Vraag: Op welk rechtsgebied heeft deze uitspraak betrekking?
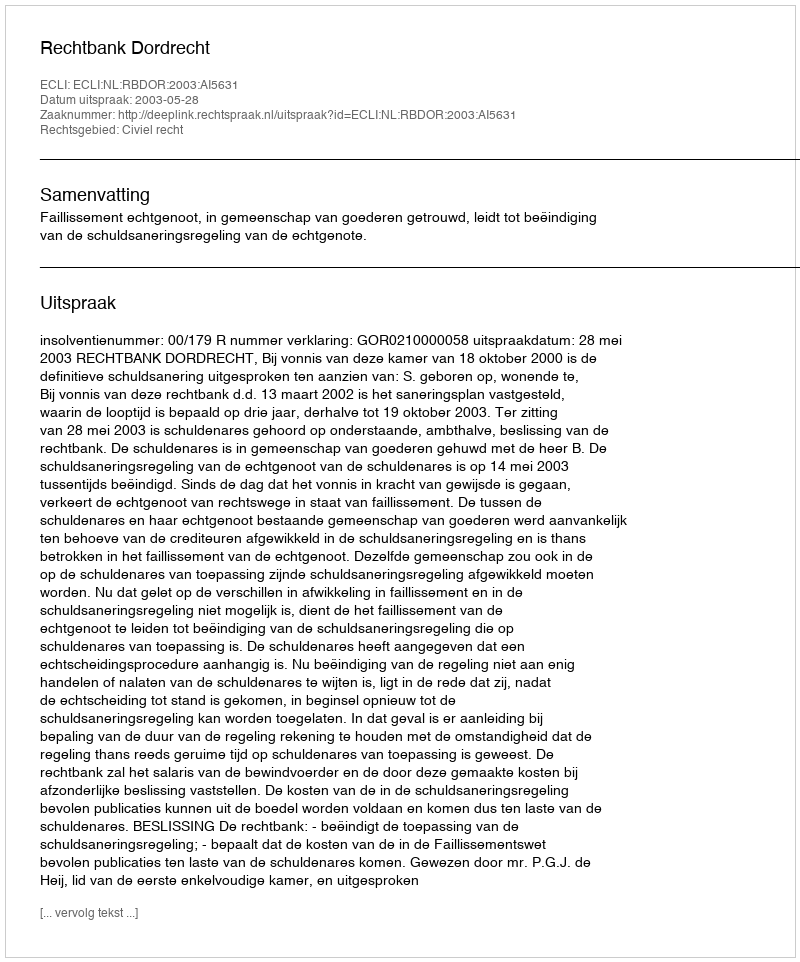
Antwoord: Civiel recht